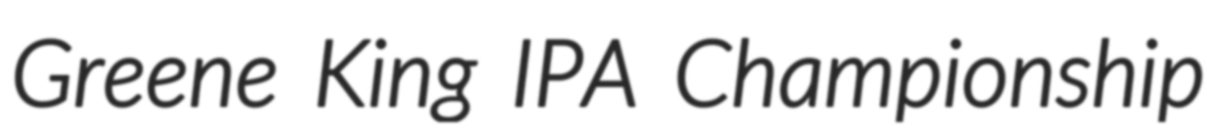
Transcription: Greene King IPA Championship